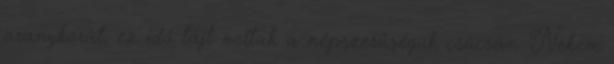
aranykorát, ez idő tájt voltak a népszerűségük csúcsán. Nekem